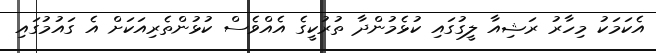
އެކަމަކު މިހާރު ރަޝިއާ ލީގުގައި ކުޅެމުންދާ ތުރުކީގެ އެއްވެސް ކުޅުންތެރިއަކަށް އެ ގައުމުގައި